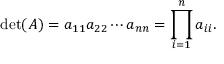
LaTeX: \operatorname* { d e t } ( A ) = a _ { 1 1 } a _ { 2 2 } \cdots a _ { n n } = \prod _ { i = 1 } ^ { n } a _ { i i } .